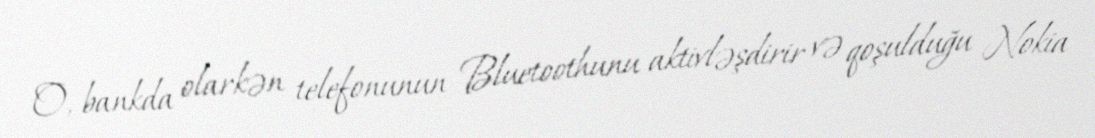
O, bankda olarkən telefonunun Bluetoothunu aktivləşdirir və qoşulduğu Nokia